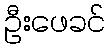
ဦးဖေခင်